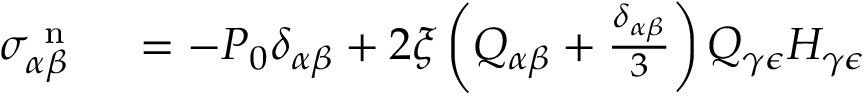
\begin{array} { r l } { \sigma _ { \alpha \beta } ^ { \mathrm { ~ n ~ } } } & { { } = - P _ { 0 } \delta _ { \alpha \beta } + 2 \xi \left( Q _ { \alpha \beta } + \frac { \delta _ { \alpha \beta } } { 3 } \right) Q _ { \gamma \epsilon } H _ { \gamma \epsilon } } \end{array}